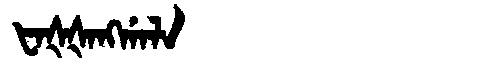
Manchu: ᡶᠠᡧᡧᠠᠩᡤᠠᠯᠠ
Romanization: FAŠŠANGGALA